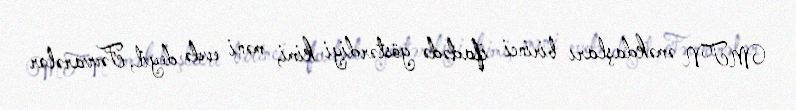
MTN əməkdaşları birinci ifadədə göstərdiyi kimi, məni evdə deyil, Fəvvarələr